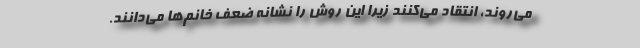
می‌روند، انتقاد می‌کنند زیرا این روش را نشانه ضعف خانم‌ها می‌دانند.